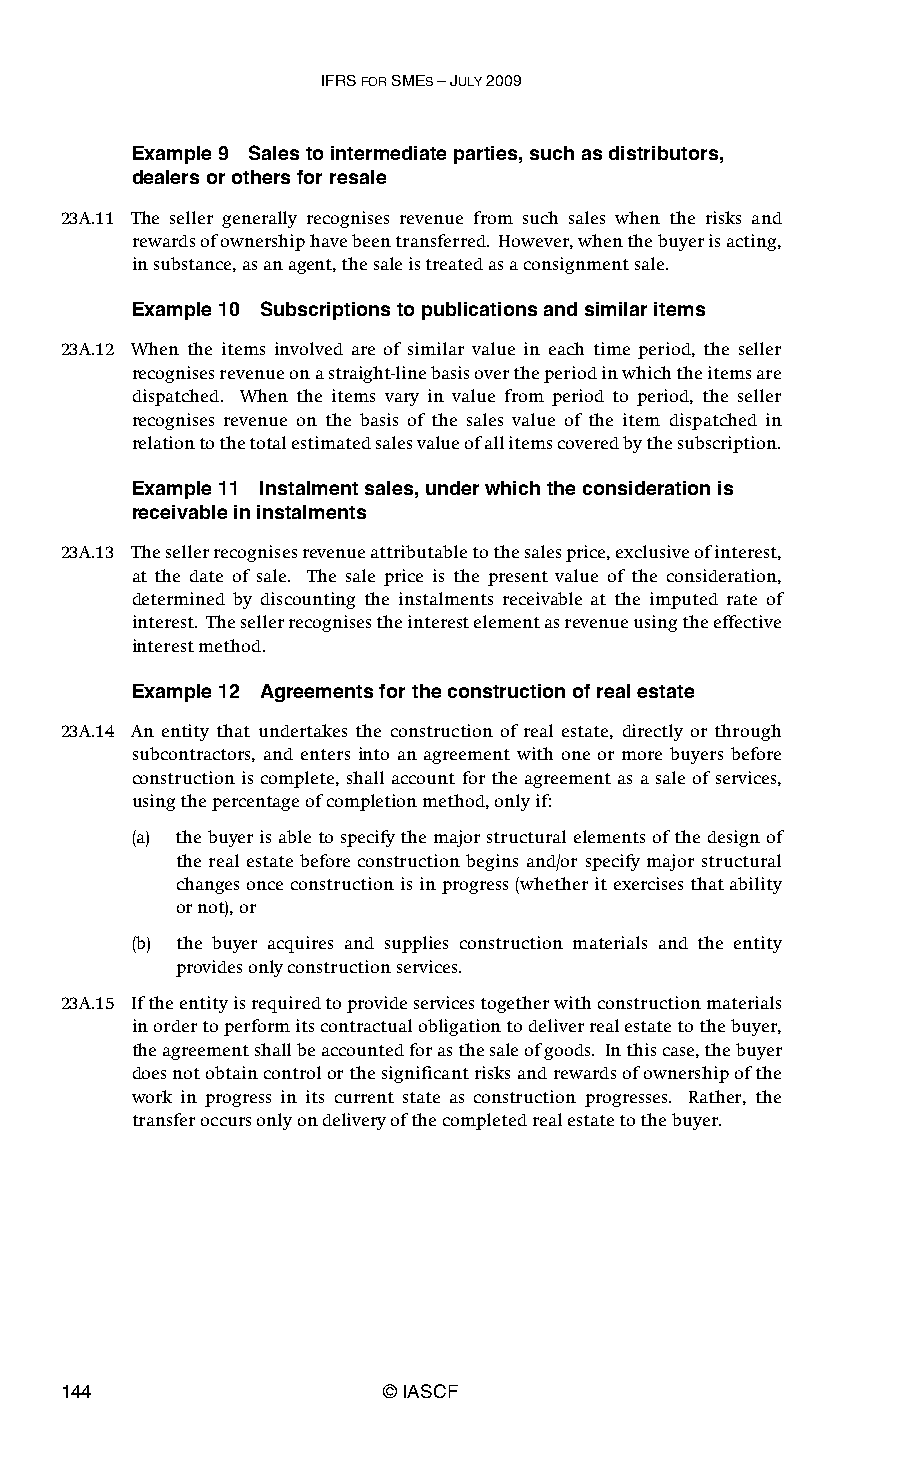
IFRS FOR SMES – JULY 2009
 Example 9 Sales to intermediate parties, such as distributors,
 dealers or others for resale
 23A.11 The seller generally recognises revenue from such sales when the risks and
 rewards of ownership have been transferred. However, when the buyer is acting,
 in substance, as an agent, the sale is treated as a consignment sale.
 Example 10 Subscriptions to publications and similar items
 23A.12 When the items involved are of similar value in each time period, the seller
 recognises revenue on a straight-line basis over the period in which the items are
 dispatched. When the items vary in value from period to period, the seller
 recognises revenue on the basis of the sales value of the item dispatched in
 relation to the total estimated sales value of all items covered by the subscription.
 Example 11 Instalment sales, under which the consideration is
 receivable in instalments
 23A.13 The seller recognises revenue attributable to the sales price, exclusive of interest,
 at the date of sale. The sale price is the present value of the consideration,
 determined by discounting the instalments receivable at the imputed rate of
 interest. The seller recognises the interest element as revenue using the effective
 interest method.
 Example 12 Agreements for the construction of real estate
 23A.14 An entity that undertakes the construction of real estate, directly or through
 subcontractors, and enters into an agreement with one or more buyers before
 construction is complete, shall account for the agreement as a sale of services,
 using the percentage of completion method, only if:
 (a) the buyer is able to specify the major structural elements of the design of
 the real estate before construction begins and/or specify major structural
 changes once construction is in progress (whether it exercises that ability
 or not), or
 (b) the buyer acquires and supplies construction materials and the entity
 provides only construction services.
 23A.15 If the entity is required to provide services together with construction materials
 in order to perform its contractual obligation to deliver real estate to the buyer,
 the agreement shall be accounted for as the sale of goods. In this case, the buyer
 does not obtain control or the significant risks and rewards of ownership of the
 work in progress in its current state as construction progresses. Rather, the
 transfer occurs only on delivery of the completed real estate to the buyer.
 144                   © IASCF